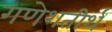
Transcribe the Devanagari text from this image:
गणेशतीर्थ